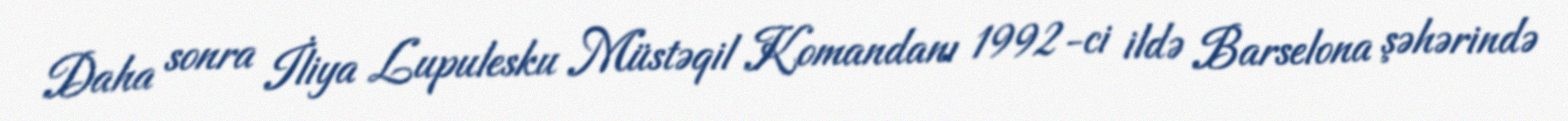
Daha sonra İliya Lupulesku Müstəqil Komandanı 1992-ci ildə Barselona şəhərində